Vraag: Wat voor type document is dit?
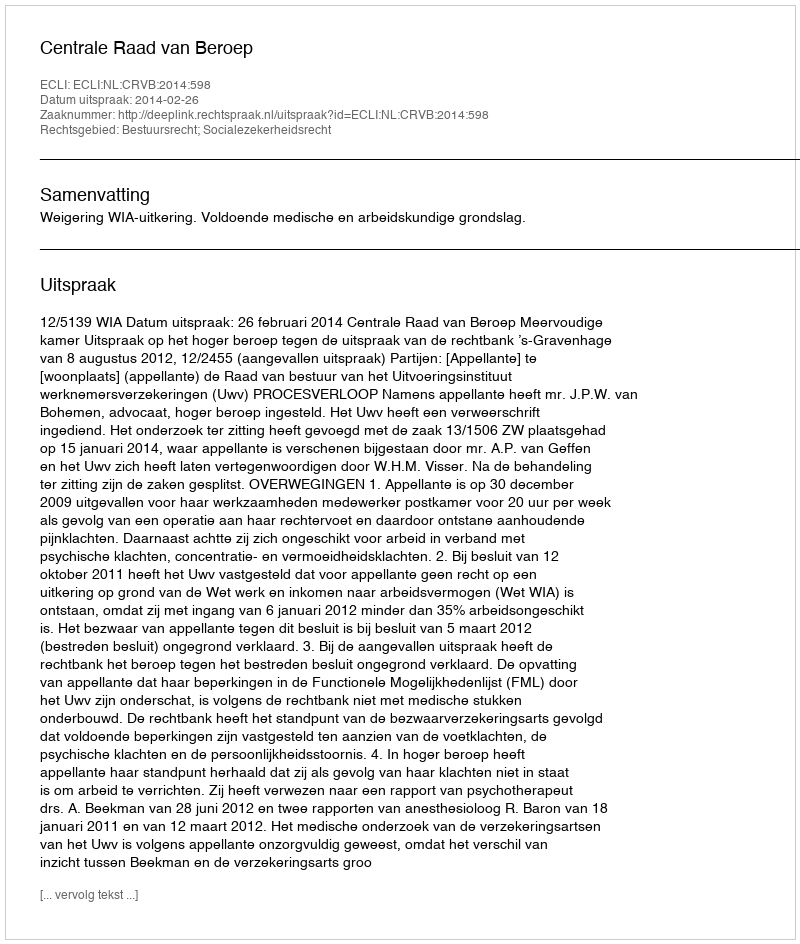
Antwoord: Uitspraak